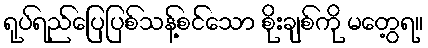
ရုပ်ရည်ပြေပြစ်သန့်စင်သော စိုးချစ်ကို မတွေ့ရ။